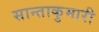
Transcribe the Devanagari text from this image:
सान्ताकुमारी